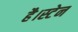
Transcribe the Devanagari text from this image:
है।स्टेन